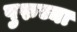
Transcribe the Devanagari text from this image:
पुरुच्या